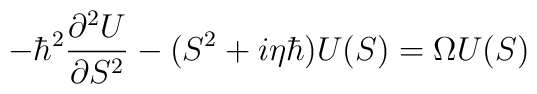
- \hbar^2 {\partial^2 U \over \partial S^2} - (S^2 + i \eta \hbar)  U(S) = \Omega U(S)